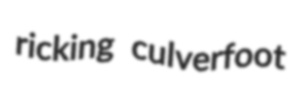
ricking culverfoot